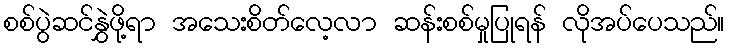
စစ်ပွဲဆင်နွှဲဖို့ရာ အသေးစိတ်လေ့လာ ဆန်းစစ်မှုပြုရန် လိုအပ်ပေသည်။